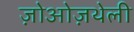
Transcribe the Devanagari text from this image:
ज़ोओज़थेली